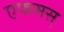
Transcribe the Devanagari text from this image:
एफसस्